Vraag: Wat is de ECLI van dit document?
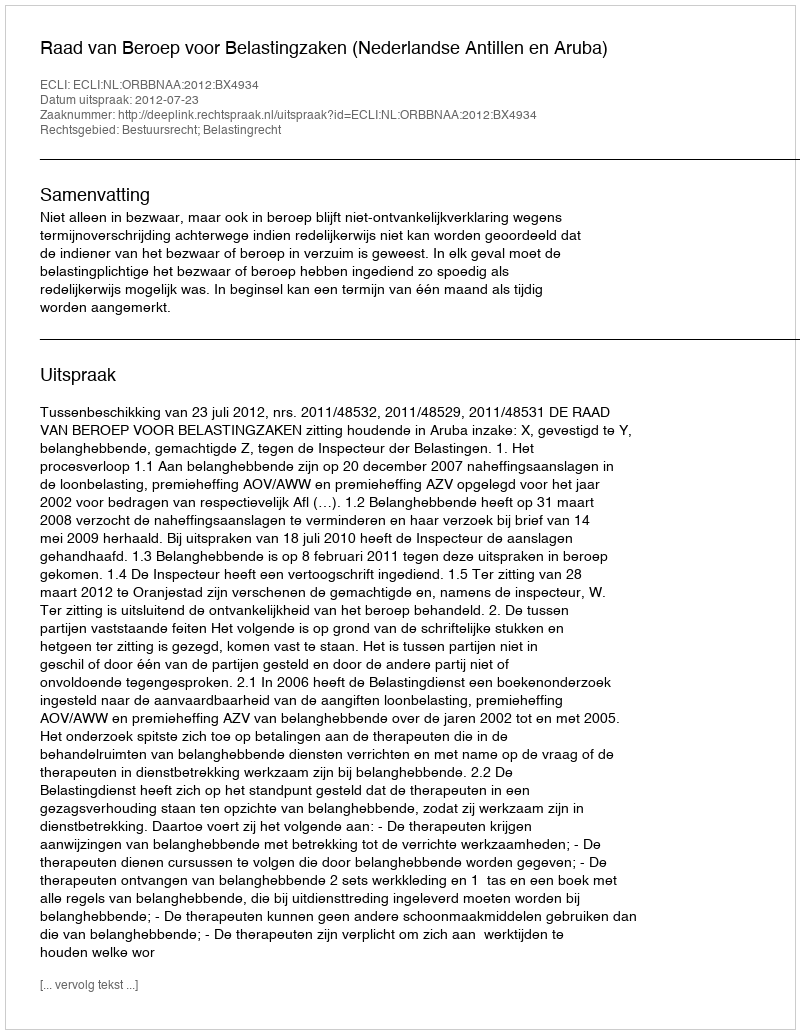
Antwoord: ECLI:NL:ORBBNAA:2012:BX4934